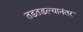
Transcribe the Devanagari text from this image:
तडतडल्यानंतर